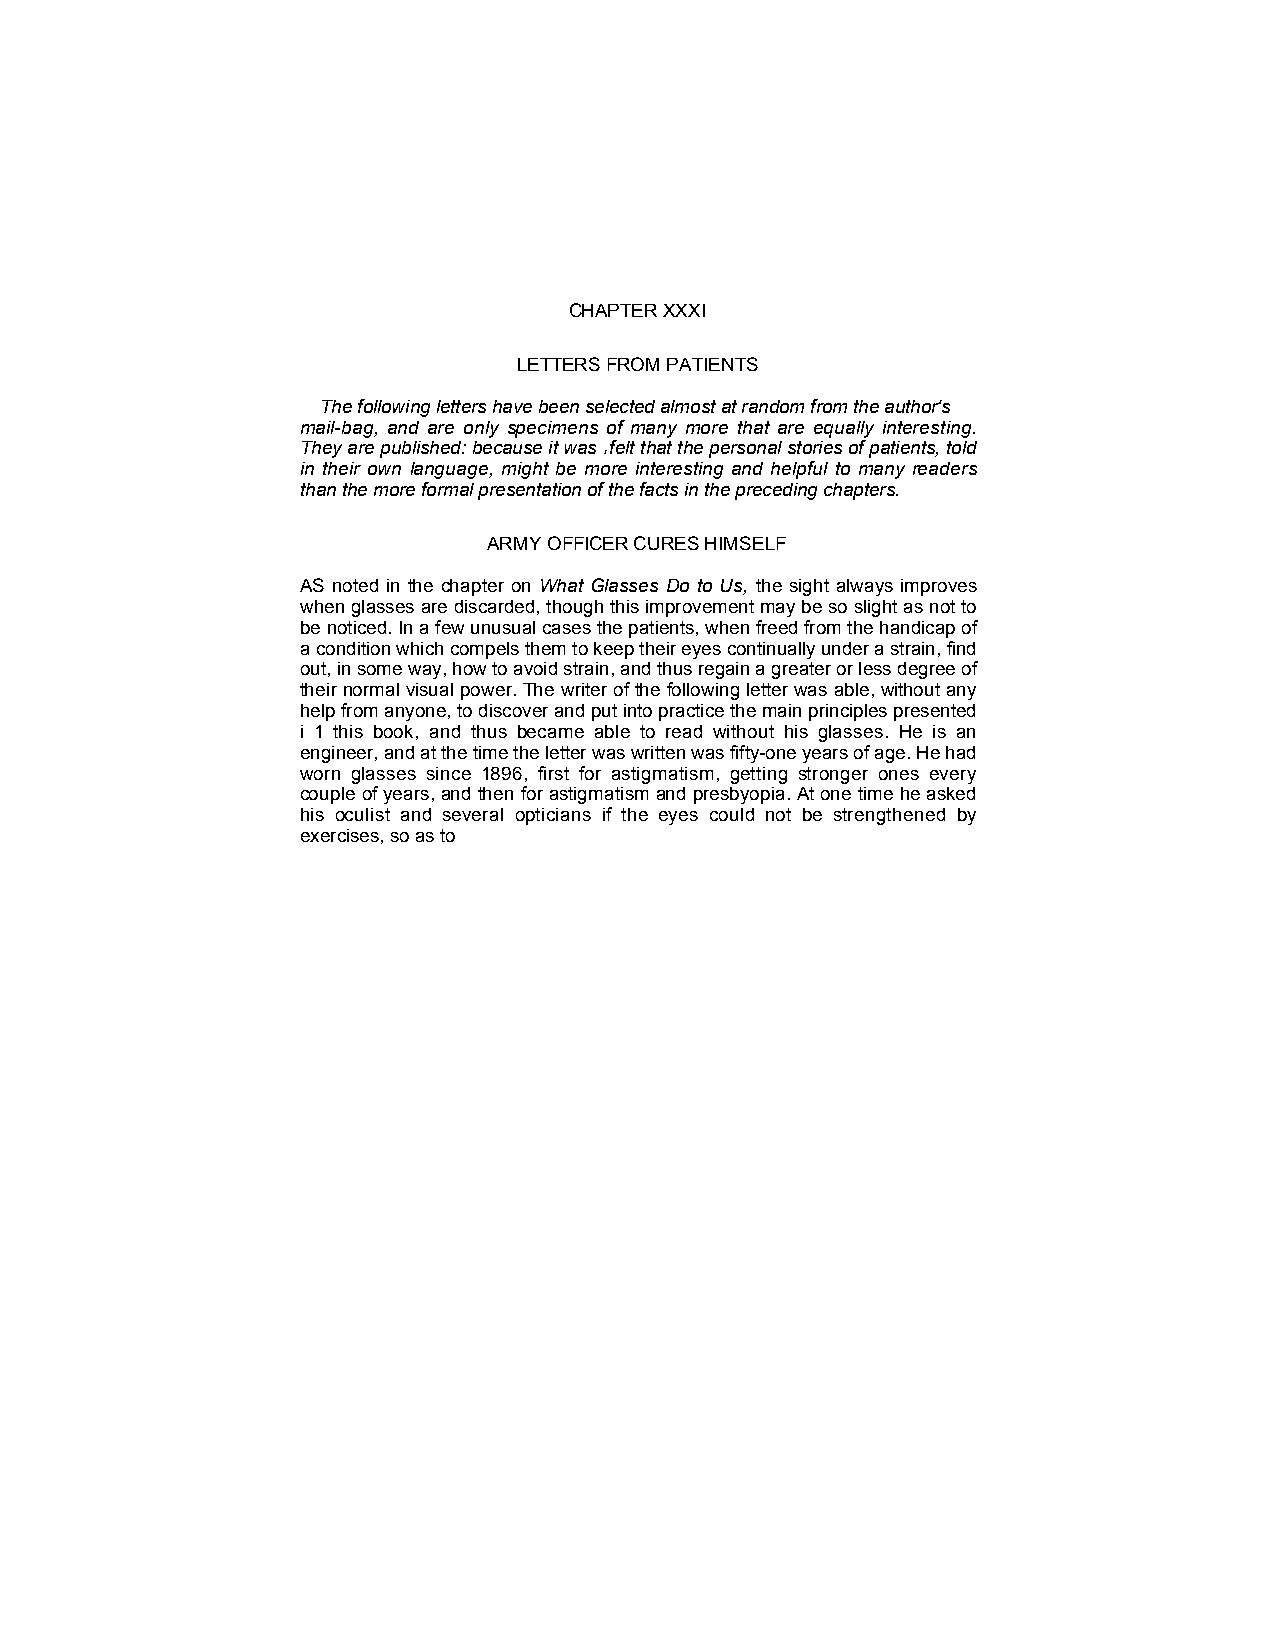
CHAPTER XXXI
 LETTERS FROM PATIENTS
 The following letters have been selected almost at random from the author's
 mail-bag, and are only specimens of many more that are equally interesting.
 They are published: because it was felt that the personal stories of patients, told
 s
 in their own language, might be more interesting and helpful to many readers
 than the more formal presentation of the facts in the preceding chapters.
 ARMY OFFICER CURES HIMSELF
 AS noted in the chapter on What Glasses Do to Us, the sight always improves
 when glasses are discarded, though this improvement may be so slight as not to
 be noticed. In a few unusual cases the patients, when freed from the handicap of
 a condition which compels them to keep their eyes continually under a strain, find
 out, in some way, how to avoid strain, and thus regain a greater or less degree of
 their normal visual power. The writer of the following letter was able, without any
 help from anyone, to discover and put into practice the main principles presented
 i 1 this book, and thus became able to read without his glasses. He is an
 engineer, and at the time the letter was written was fifty-one years of age. He had
 worn glasses since 1896, first for astigmatism, getting stronger ones every
 couple of years, and then for astigmatism and presbyopia. At one time he asked
 his oculist and several opticians if the eyes could not be strengthened by
 exercises, so as to